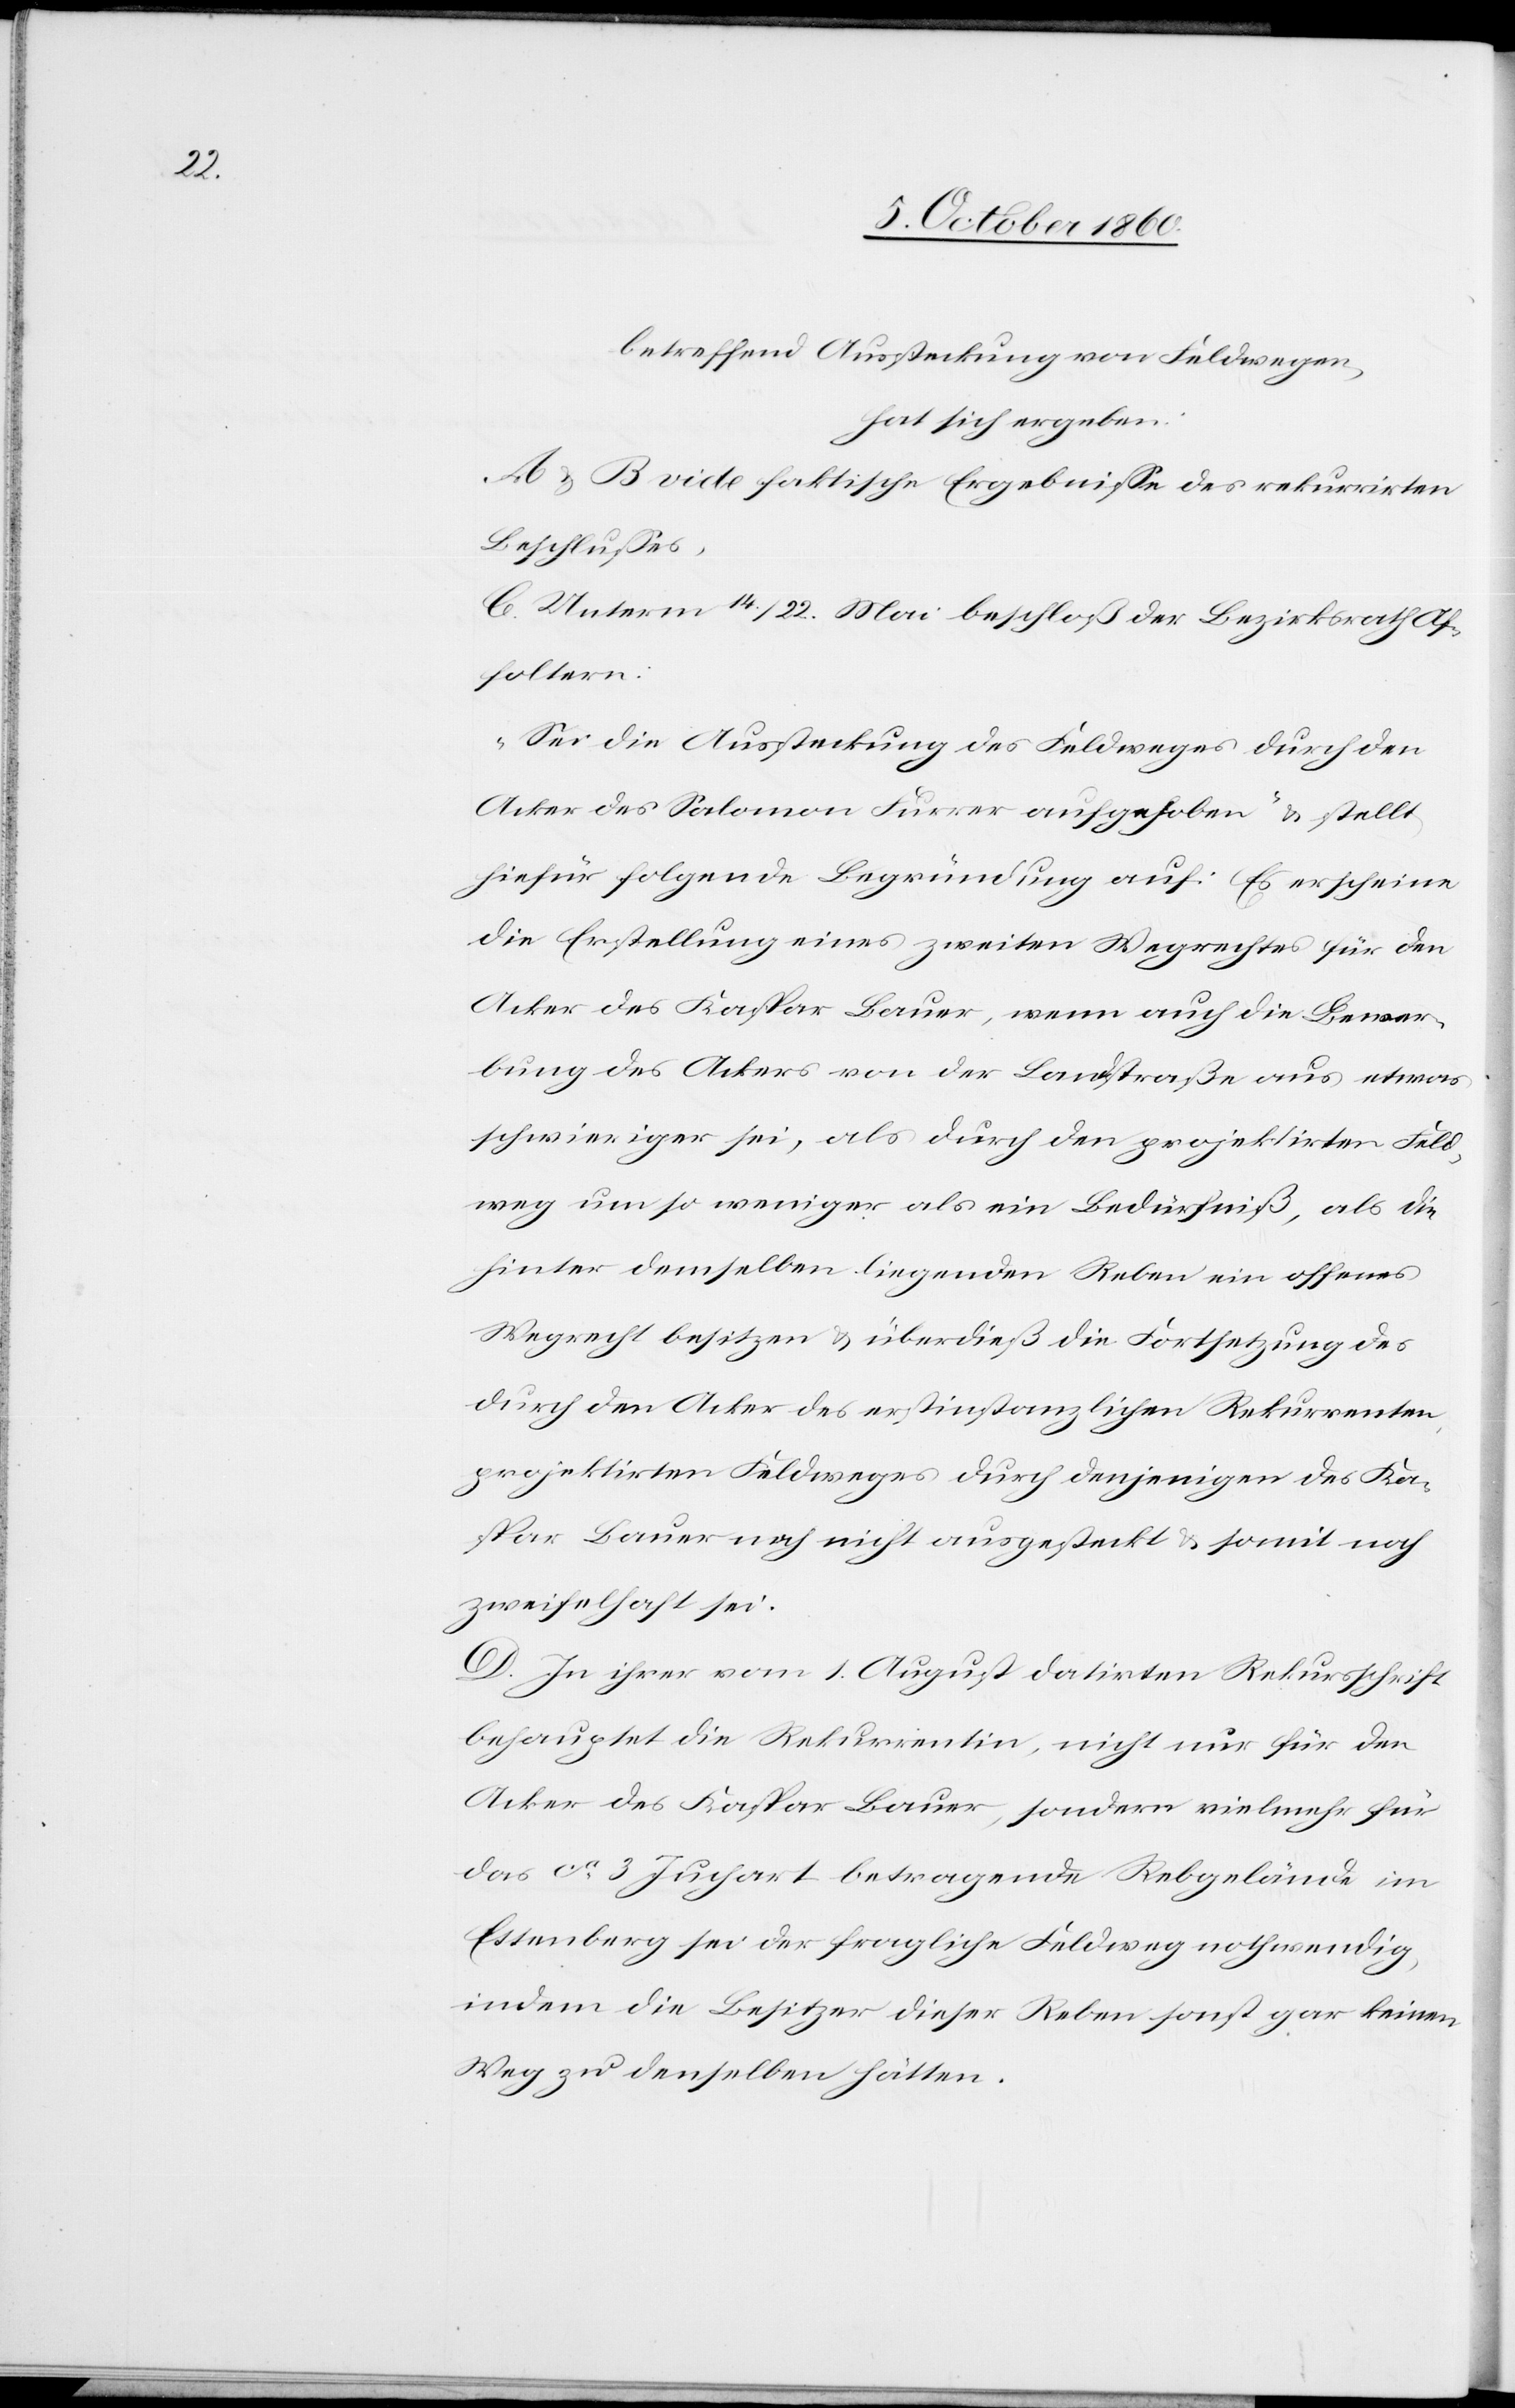
betreffend Aussteckung von Feldwegen,
hat sich ergeben:
A u. B vide faktische Ergebnisse des rekurrirten
Beschlusses.
C. Unterm 14./22. Mai beschloß der Bezirksrath Af¬
foltern:
„Sei die Aussteckung des Feldweges durch den
Acker des Salomon Furrer aufgehoben“ u. stellt
hiefür folgende Begründung auf: Es erscheine
die Erstellung eines zweiten Wegrechtes für den
Acker des Kaspar Bauer, wenn auch die Bewer¬
bung des Ackers von der Landstraße aus etwas
schwieriger sei, als durch den projektirten Feld¬
weg um so weniger als ein Bedürfniß, als die
hinter demselben liegenden Reben ein offenes
Wegrecht besitzen u. überdieß die Fortsetzung des
durch den Acker des erstinstanzlichen Rekurrenten
projektirten Feldweges durch denjenigen des Ka¬
spar Bauer noch nicht ausgesteckt u. somit noch
zweifelhaft sei.
D. In ihrer vom 1. August datirten Rekursschrift
behauptet die Rekurrentin, nicht nur für den
Acker des Kaspar Bauer, sondern vielmehr für
das ca 3 Juchart betragende Rebgelände im
Ettenberg sei der fragliche Feldweg nothwendig,
indem die Besitzer dieser Reben sonst gar keinen
Weg zu denselben hätten.